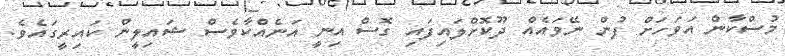
މުސްކާން އަވަހަށް ފުން ނޭވައެއް ދޫކޮށްލައިފައި ގޮސް އިނީ އަނެއްކާވެސް ޝައިލީން ކައިރީގައެވެ.